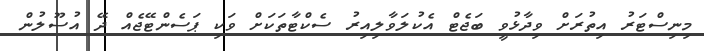
މިނިސްޓަރު އިތުރަށް ވިދާޅުވީ ބަޖެޓް އެކުލަވާލިއިރު ސެކްޓާތަކަށް ވަކި ޕަސެންޓޭޖެއް ދޭ އުސޫލުން